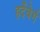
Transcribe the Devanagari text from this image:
हर्देंबेर्ग